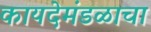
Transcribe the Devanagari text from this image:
कायदेमंडळाचा